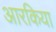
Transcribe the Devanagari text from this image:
आरकिया